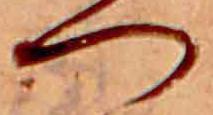
つ